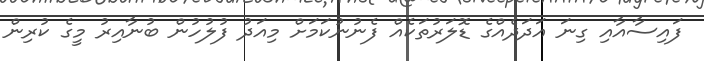
ފައިސާއާއި ގިނަ އަދަދެއްގެ ޑޮލަރުތަކެއް ފެނުނުކަމަށް މިއަދު ފުލުހުން ބުނާއިރު މީގެ ކުރިން